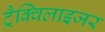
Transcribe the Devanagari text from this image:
ट्रैक्विलाइजर